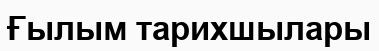
Ғылым тарихшылары